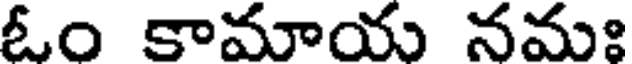
ఓం కామాయ నమః